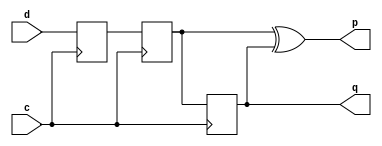
/*
cdc_utils by Olof Kindgren <olof.kindgren@gmail.com>
To the extent possible under law, the person who associated CC0 with
cdc_utils has waived all copyright and related or neighboring rights
to cdc_utils

You should have received a copy of the CC0 legalcode along with this
work. If not, see <http://creativecommons.org/publicdomain/zero/1.0/>.

Verilog implementation of "Synchronized pulse generation logic"
from chapter 5.6.1 in Clifford Cummings "Clock Domain Crossing (CDC) Design &
Verification Techniques Using SystemVerilog"
http://www.sunburst-design.com/papers/CummingsSNUG2008Boston_CDC.pdf
*/
module sync2_pgen
  (input  c,
   input  d,
   output p,
   output q);

   reg 	  q1, q2, q3;
   
   always @(posedge c) begin
      q1 <= d;
      q2 <= q1;
      q3  <= q2;
   end

   assign p = q2 ^ q3;
   assign q = q3;
   
endmodule